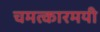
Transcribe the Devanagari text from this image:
चमत्कारमयी